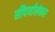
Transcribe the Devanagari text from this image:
सौंदर्यालंकार